Burma Government Medical School reports 1923-41
Year: 1923
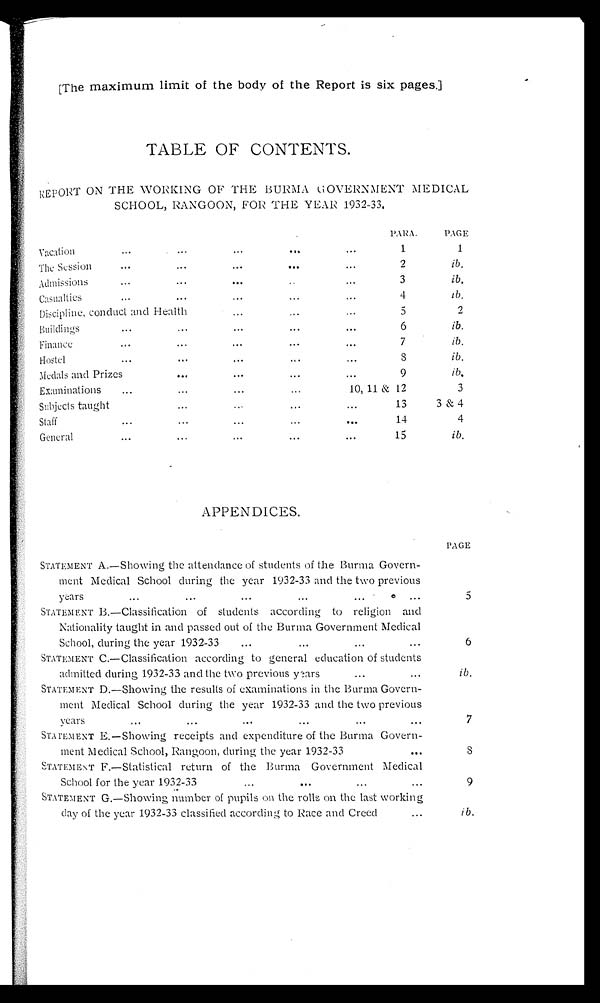
[The maximum limit of the body of the Report is six pages.]
TABLE OF CONTENTS.
REPORT ON THE WORKING OF THE BURMA GOVERNMENT MEDICAL
SCHOOL, RANGOON, FOR THE YEAR 1932-33.
PARA.
PAGE
Vacation
... ... ... ... ...
1
1
The Session
...
...
...
...
...
2
ib.
Admission
...
...
... ... ...
3
ib.
Casualties
...
...
...
...
...
4
lb.
Discipline, conduct and Health
... ...
...
5
2
Buildings
... ... ... ...
...
6
ib.
Finance
...
... ... ...
...
7
ib.
Hostel
... ... ... ...
...
8
ib.
Medals and Prizes
...
..
...
...
9
i b .
Examinations
...
... ...
...
10, 11 & 12
3
Subjects taught
... ...
... ...
...
1 3
3 & 4
Staff
... ... ...
...
...
14
4
General
..
...
...
...
...
15
ib.
APPENDICES.
PAGE
STATEMENT A.—Showing the attendance of students of the Burma Govern-
ment Medical School during the year 1932-33 and the two previous
years
...
...
...
... ... ...
5
STATEM ENT B.—Classification of students according to religion and
Nationality taught in and passed out of the Burma Government Medical
School, during the year 1932-33
...
...
...
...
6
STATEMENT C.—Classification according to general education of students
admitted during 1932-33 and the two previous years
...
...
ib.
STATEMENT D.—Showing the results of examinations in the Burma Govern-
ment Medical School during the year 1932-33 and the two previous
years
...
...
...
... ...
...
7
STATMENT E.—Showing receipts and expenditure of the Burma Govern-
ment Medical School, Rangoon, during the year 1932-33
...
8
STATEMENT F.—Statistical return of the Burma Government Medical
School for the year 1932-33
... ...
...
...
9
STATEMENT G.—Showing number of pupils on the rolls on the last working
day of the year 1932-33 classified according to Race and Creed
...
i b.